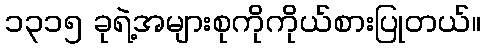
၁၃၁၅ ခုရဲ့အများစုကိုကိုယ်စားပြုတယ်။